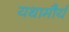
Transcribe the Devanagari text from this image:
यथामौर्य